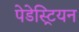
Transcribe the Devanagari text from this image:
पेडेस्ट्रियन